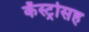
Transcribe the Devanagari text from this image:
कॅस्ट्रोसह